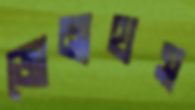
জোনাথস